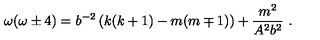
\omega ( \omega \pm 4 ) = b ^ { - 2 } \left( k ( k + 1 ) - m ( m \mp 1 ) \right) + \frac { m ^ { 2 } } { A ^ { 2 } b ^ { 2 } } \ .